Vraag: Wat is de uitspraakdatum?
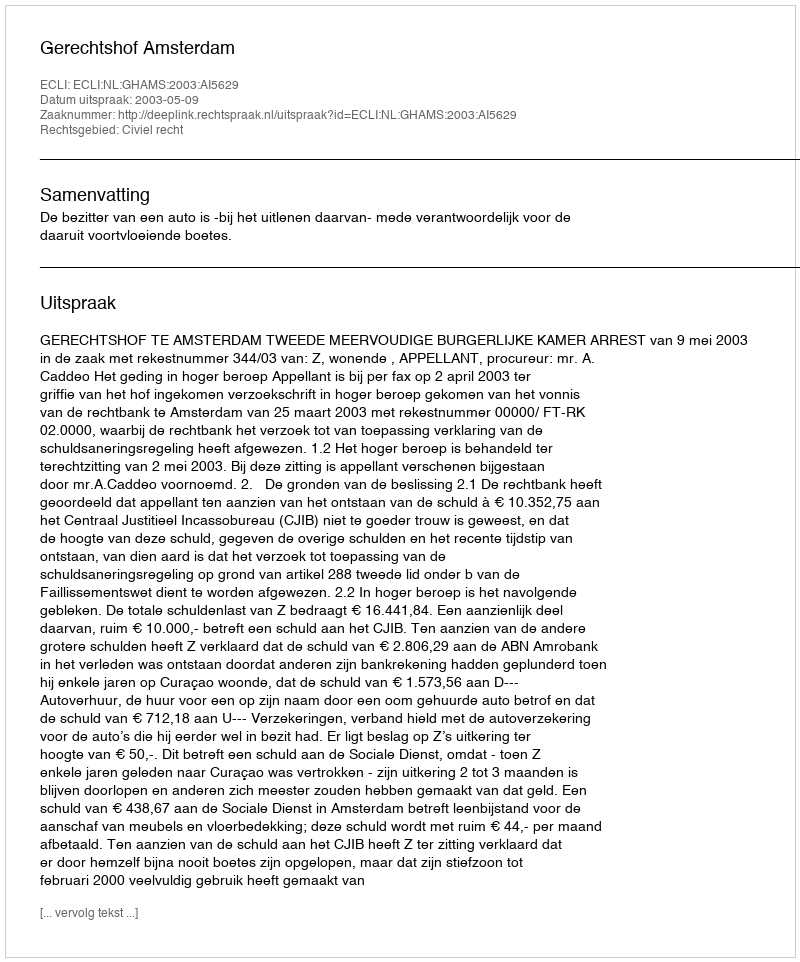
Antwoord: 2003-05-09